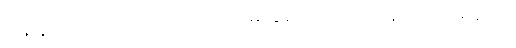
မြေကွက်ကိုလက်ရောက်ရထားပေမဲ့ ခြံခတ်ထားတာ၊နေထိုင်တာမရှိဘူး။